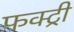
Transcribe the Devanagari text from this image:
फक्ट्री